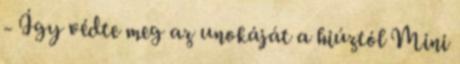
- Így védte meg az unokáját a hiúztól Mini